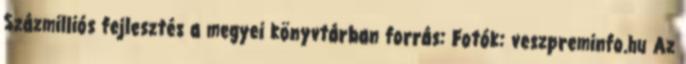
Százmilliós fejlesztés a megyei könyvtárban forrás: Fotók: veszpreminfo.hu Az